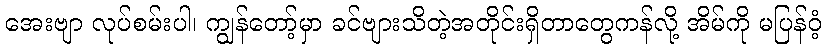
အေးဗျာ လုပ်စမ်းပါ၊ ကျွန်တော့်မှာ ခင်ဗျားသိတဲ့အတိုင်းရှိတာတွေကန်လို့ အိမ်ကို မပြန်ဝံ့